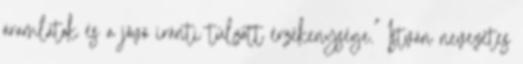
áramlatok és a jövő iránti túlzott érzékenysége.” István nevezetes